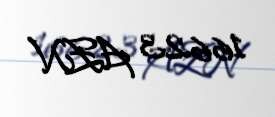
16623 AZN